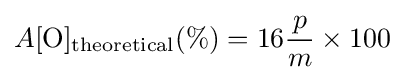
A[\mathrm {O} ]_{\text{theoretical}}(\%)=16{\frac {p}{m}}\times 100